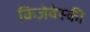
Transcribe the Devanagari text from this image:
क्रिज़ेवेस्की